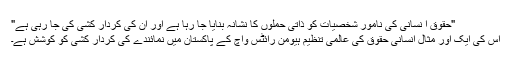
"حقوق ا نسانی کی نامور شخصیات کو ذاتی حملوں کا نشانہ بنایا جا رہا ہے اور ان کی کردار کشی کی جا رہی ہے"
اس کی ایک اور مثال انسانی حقوق کی عالمی تنظیم ہیومن رائٹس واچ کے پاکستان میں نمائندے کی کردار کشی کو کوشش ہے۔